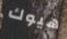
هيوك